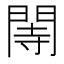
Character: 䦙